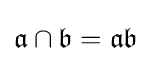
{\mathfrak {a}}\cap {\mathfrak {b}}={\mathfrak {a}}{\mathfrak {b}}